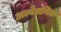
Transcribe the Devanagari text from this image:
अल्वैतनिक